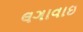
લગાવાઇ